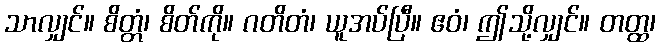
သာလျှင်။ စိတ္တံ၊ စိတ်ကို။ ဂတိတံ၊ ယူအပ်ပြီ။ ဧဝံ၊ ဤသို့လျှင်။ တတ္ထ၊